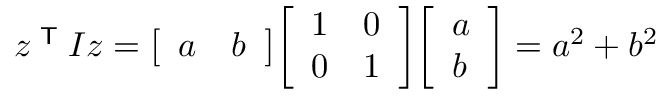
z ^ { \textsf { T } } I z = { \left[ \begin{array} { l l } { a } & { b } \end{array} \right] } { \left[ \begin{array} { l l } { 1 } & { 0 } \\ { 0 } & { 1 } \end{array} \right] } { \left[ \begin{array} { l } { a } \\ { b } \end{array} \right] } = a ^ { 2 } + b ^ { 2 }